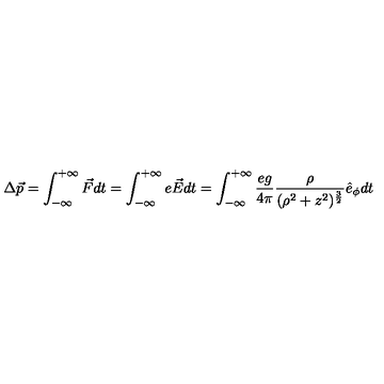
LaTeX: \Delta \vec { p } = \int _ { - \infty } ^ { + \infty } \vec { F } d t = \int _ { - \infty } ^ { + \infty } e \vec { E } d t = \int _ { - \infty } ^ { + \infty } \frac { e g } { 4 \pi } \frac { \rho } { ( \rho ^ { 2 } + z ^ { 2 } ) ^ { \frac { 3 } { 2 } } } \hat { e } _ { \phi } d t